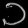
Digit: ၁